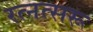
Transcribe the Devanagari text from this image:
रत्नत्सरू